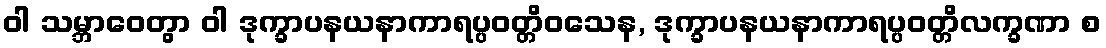
ဝါ သမ္ဘာဝေတွာ ဝါ ဒုက္ခာပနယနာကာရပ္ပဝတ္တိဝသေန, ဒုက္ခာပနယနာကာရပ္ပဝတ္တိလက္ခဏာ စ